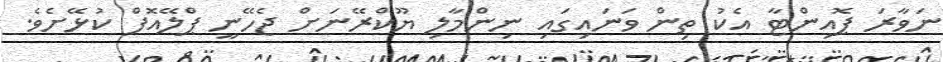
ނަވާރަ ޕޮއިންޓާ އެކު ތިން ވަނައިގައި ނިންމާލި ޔޫކްރޭނަށް ޖެހޭނީ ޕްލޭއޮފް ކުޅޭށެވެ.